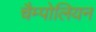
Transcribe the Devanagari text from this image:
चैम्पोलियन